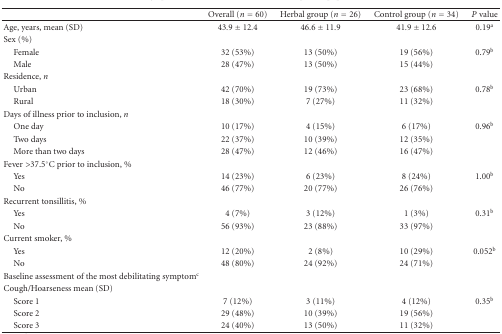
<table><thead><tr><td></td><td><b>Overall (<i>n</i> = 60)</b></td><td><b>Herbal group (<i>n</i> = 26)</b></td><td><b>Control group (<i>n</i> = 34)</b></td><td><b><i>P</i> value</b></td></tr></thead><tbody><tr><td>Age, years, mean (SD)</td><td>43.9 ± 12.4</td><td>46.6 ± 11.9</td><td>41.9 ± 12.6</td><td>0.19<sup>a</sup></td></tr><tr><td>Sex (%)</td><td></td><td></td><td></td><td></td></tr><tr><td> Female</td><td>32 (53%)</td><td>13 (50%)</td><td>19 (56%)</td><td>0.79<sup>b</sup></td></tr><tr><td> Male</td><td>28 (47%)</td><td>13 (50%)</td><td>15 (44%)</td><td></td></tr><tr><td>Residence, <i>n</i></td><td></td><td></td><td></td><td></td></tr><tr><td> Urban</td><td>42 (70%)</td><td>19 (73%)</td><td>23 (68%)</td><td>0.78<sup>b</sup></td></tr><tr><td> Rural</td><td>18 (30%)</td><td>7 (27%)</td><td>11 (32%)</td><td></td></tr><tr><td>Days of illness prior to inclusion, <i>n</i></td><td></td><td></td><td></td><td></td></tr><tr><td> One day</td><td>10 (17%)</td><td>4 (15%)</td><td>6 (17%)</td><td>0.96<sup>b</sup></td></tr><tr><td> Two days</td><td>22 (37%)</td><td>10 (39%)</td><td>12 (35%)</td><td></td></tr><tr><td> More than two days</td><td>28 (47%)</td><td>12 (46%)</td><td>16 (47%)</td><td></td></tr><tr><td>Fever &gt;37.5°C prior to inclusion, %</td><td></td><td></td><td></td><td></td></tr><tr><td> Yes</td><td>14 (23%)</td><td>6 (23%)</td><td>8 (24%)</td><td>1.00<sup>b</sup></td></tr><tr><td> No</td><td>46 (77%)</td><td>20 (77%)</td><td>26 (76%)</td><td></td></tr><tr><td>Recurrent tonsillitis, %</td><td></td><td></td><td></td><td></td></tr><tr><td> Yes</td><td>4 (7%)</td><td>3 (12%)</td><td>1 (3%)</td><td>0.31<sup>b</sup></td></tr><tr><td> No</td><td>56 (93%)</td><td>23 (88%)</td><td>33 (97%)</td><td></td></tr><tr><td>Current smoker, %</td><td></td><td></td><td></td><td></td></tr><tr><td> Yes</td><td>12 (20%)</td><td>2 (8%)</td><td>10 (29%)</td><td>0.052<sup>b</sup></td></tr><tr><td> No</td><td>48 (80%)</td><td>24 (92%)</td><td>24 (71%)</td><td></td></tr><tr><td>Baseline assessment of the most debilitating symptom<sup>c</sup></td><td></td><td></td><td></td><td></td></tr><tr><td>Cough/Hoarseness mean (SD)</td><td></td><td></td><td></td><td></td></tr><tr><td> Score 1</td><td>7 (12%)</td><td>3 (11%)</td><td>4 (12%)</td><td>0.35<sup>b</sup></td></tr><tr><td> Score 2</td><td>29 (48%)</td><td>10 (39%)</td><td>19 (56%)</td><td></td></tr><tr><td> Score 3</td><td>24 (40%)</td><td>13 (50%)</td><td>11 (32%)</td><td></td></tr></tbody></table>